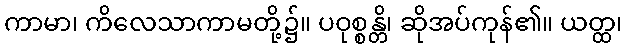
ကာမာ၊ ကိလေသာကာမတို့၌။ ပဝုစ္စန္တိ၊ ဆိုအပ်ကုန်၏။ ယတ္ထ၊